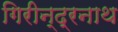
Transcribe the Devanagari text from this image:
गिरीन्द्रनाथ